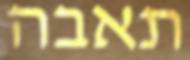
תאבה